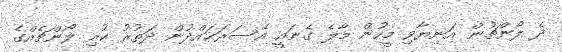
ދެ ލޯންޗުން އަނިޔާވި މީހުން މާލެ ގެނައީ އެސަރަޙައްދުން ދަތުރު ކުރި ލޯންޗެއްގެ